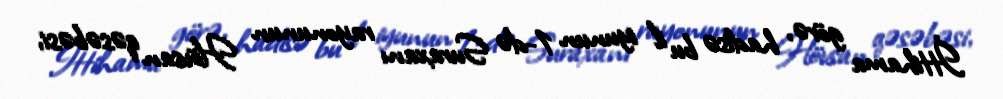
İttihama görə, hadisə bu il iyunun 1-də Suraxanı rayonunun Hövsan qəsəbəsi,